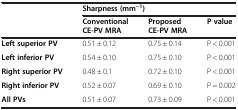
<table><thead><tr><td rowspan="2"></td><td colspan="3"><b>Sharpness (mm<sup>−1</sup>)</b></td></tr><tr><td><b>Conventional CE-PV MRA</b></td><td><b>Proposed CE-PV MRA</b></td><td><b>P value</b></td></tr></thead><tbody><tr><td><b>Left superior PV</b></td><td>0.51 ± 0.12</td><td>0.75 ± 0.14</td><td>P &lt; 0.001</td></tr><tr><td><b>Left inferior PV</b></td><td>0.54 ± 0.10</td><td>0.75 ± 0.10</td><td>P &lt; 0.001</td></tr><tr><td><b>Right superior PV</b></td><td>0.48 ± 0.1</td><td>0.72 ± 0.10</td><td>P &lt; 0.001</td></tr><tr><td><b>Right inferior PV</b></td><td>0.52 ± 0.07</td><td>0.69 ± 0.10</td><td>P = 0.002</td></tr><tr><td><b>All PVs</b></td><td>0.51 ± 0.07</td><td>0.73 ± 0.09</td><td>P &lt; 0.001</td></tr></tbody></table>